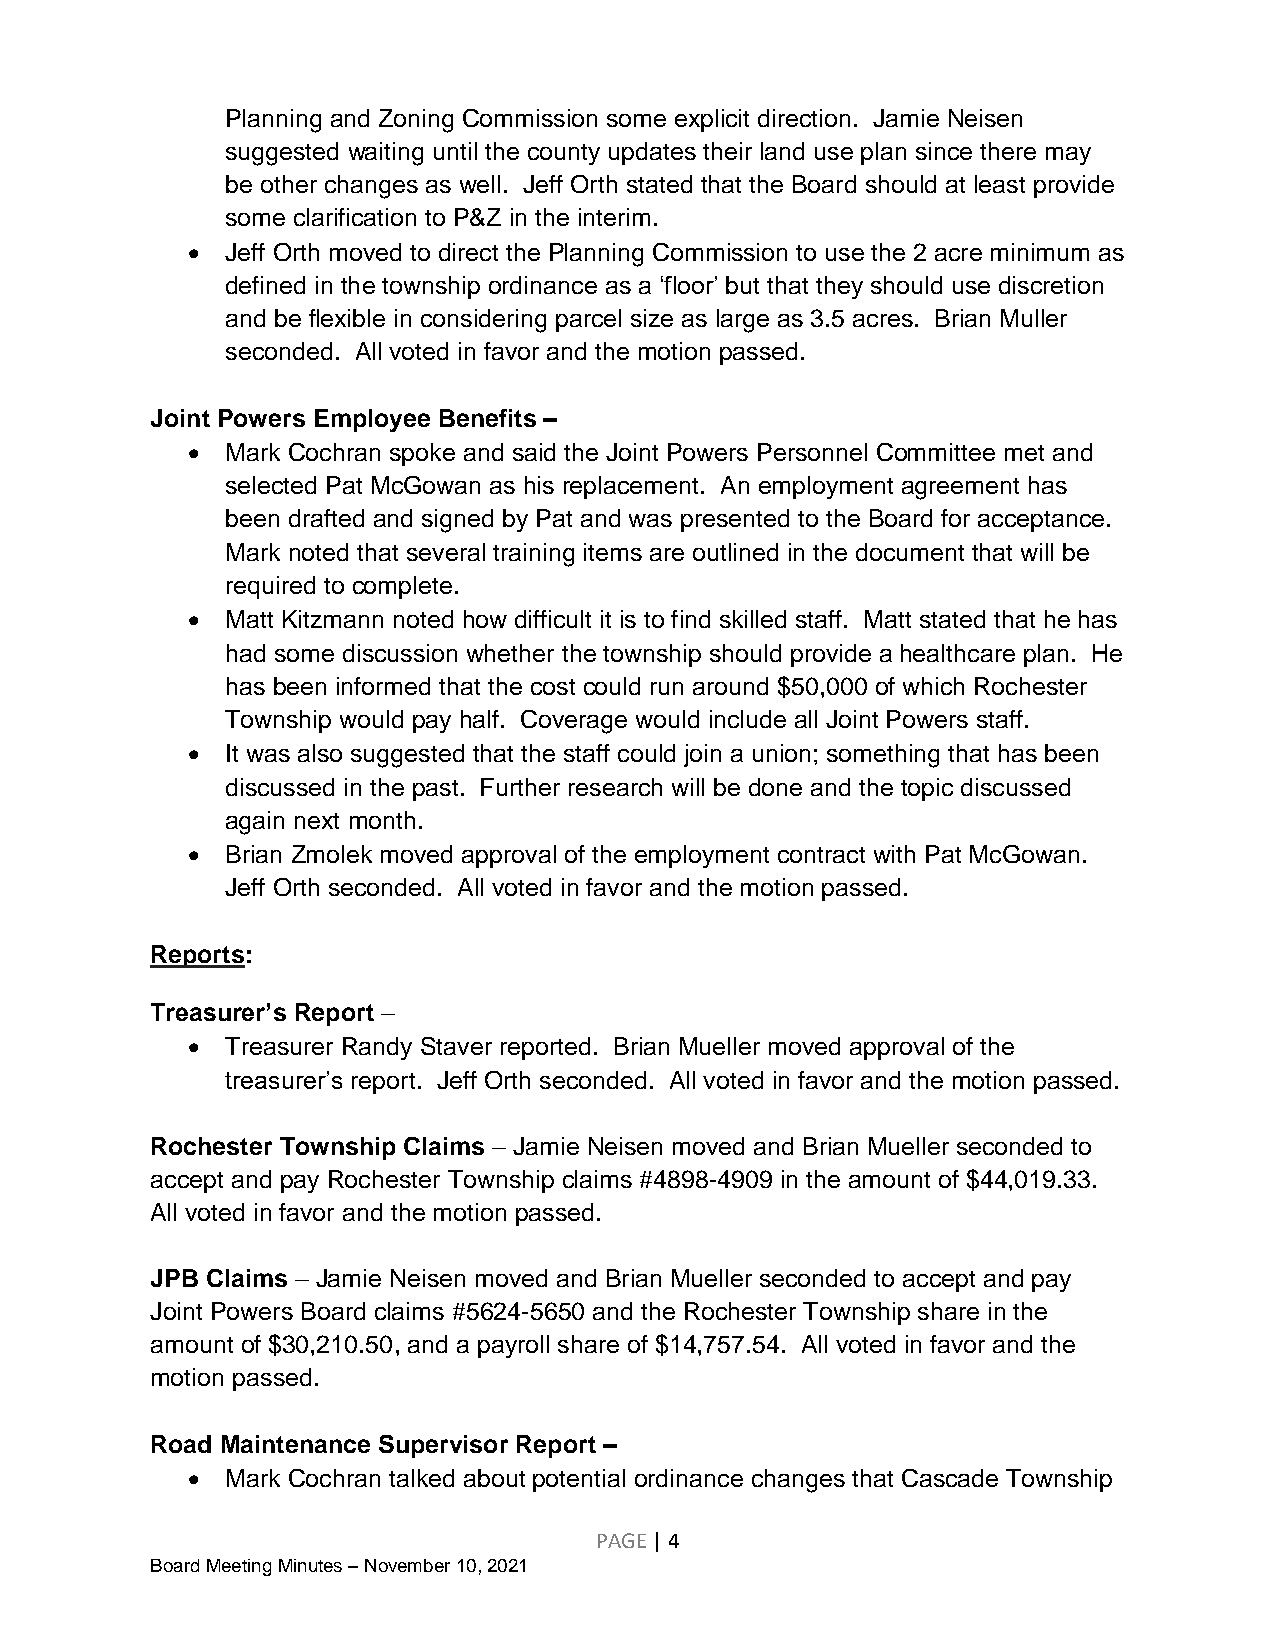
Planning and Zoning Commission some explicit direction. Jamie Neisen
 suggested waiting until the county updates their land use plan since there may
 be other changes as well. Jeff Orth stated that the Board should at least provide
 some clarification to P&Z in the interim.
   Jeff Orth moved to direct the Planning Commission to use the 2 acre minimum as
 defined in the township ordinance as a ‘floor’ but that they should use discretion
 and be flexible in considering parcel size as large as 3.5 acres. Brian Muller
 seconded. All voted in favor and the motion passed.
 Joint Powers Employee Benefits –
   Mark Cochran spoke and said the Joint Powers Personnel Committee met and
 selected Pat McGowan as his replacement. An employment agreement has
 been drafted and signed by Pat and was presented to the Board for acceptance.
 Mark noted that several training items are outlined in the document that will be
 required to complete.
   Matt Kitzmann noted how difficult it is to find skilled staff. Matt stated that he has
 had some discussion whether the township should provide a healthcare plan. He
 has been informed that the cost could run around $50,000 of which Rochester
 Township would pay half. Coverage would include all Joint Powers staff.
   It was also suggested that the staff could join a union; something that has been
 discussed in the past. Further research will be done and the topic discussed
 again next month.
   Brian Zmolek moved approval of the employment contract with Pat McGowan.
 Jeff Orth seconded. All voted in favor and the motion passed.
 Reports:
 Treasurer’s Report –
   Treasurer Randy Staver reported. Brian Mueller moved approval of the
 treasurer’s report. Jeff Orth seconded. All voted in favor and the motion passed.
 Rochester Township Claims – Jamie Neisen moved and Brian Mueller seconded to
 accept and pay Rochester Township claims #4898-4909 in the amount of $44,019.33.
 All voted in favor and the motion passed.
 JPB Claims – Jamie Neisen moved and Brian Mueller seconded to accept and pay
 Joint Powers Board claims #5624-5650 and the Rochester Township share in the
 amount of $30,210.50, and a payroll share of $14,757.54. All voted in favor and the
 motion passed.
 Road Maintenance Supervisor Report –
   Mark Cochran talked about potential ordinance changes that Cascade Township
 PAGE | 4
 Board Meeting Minutes – November 10, 2021